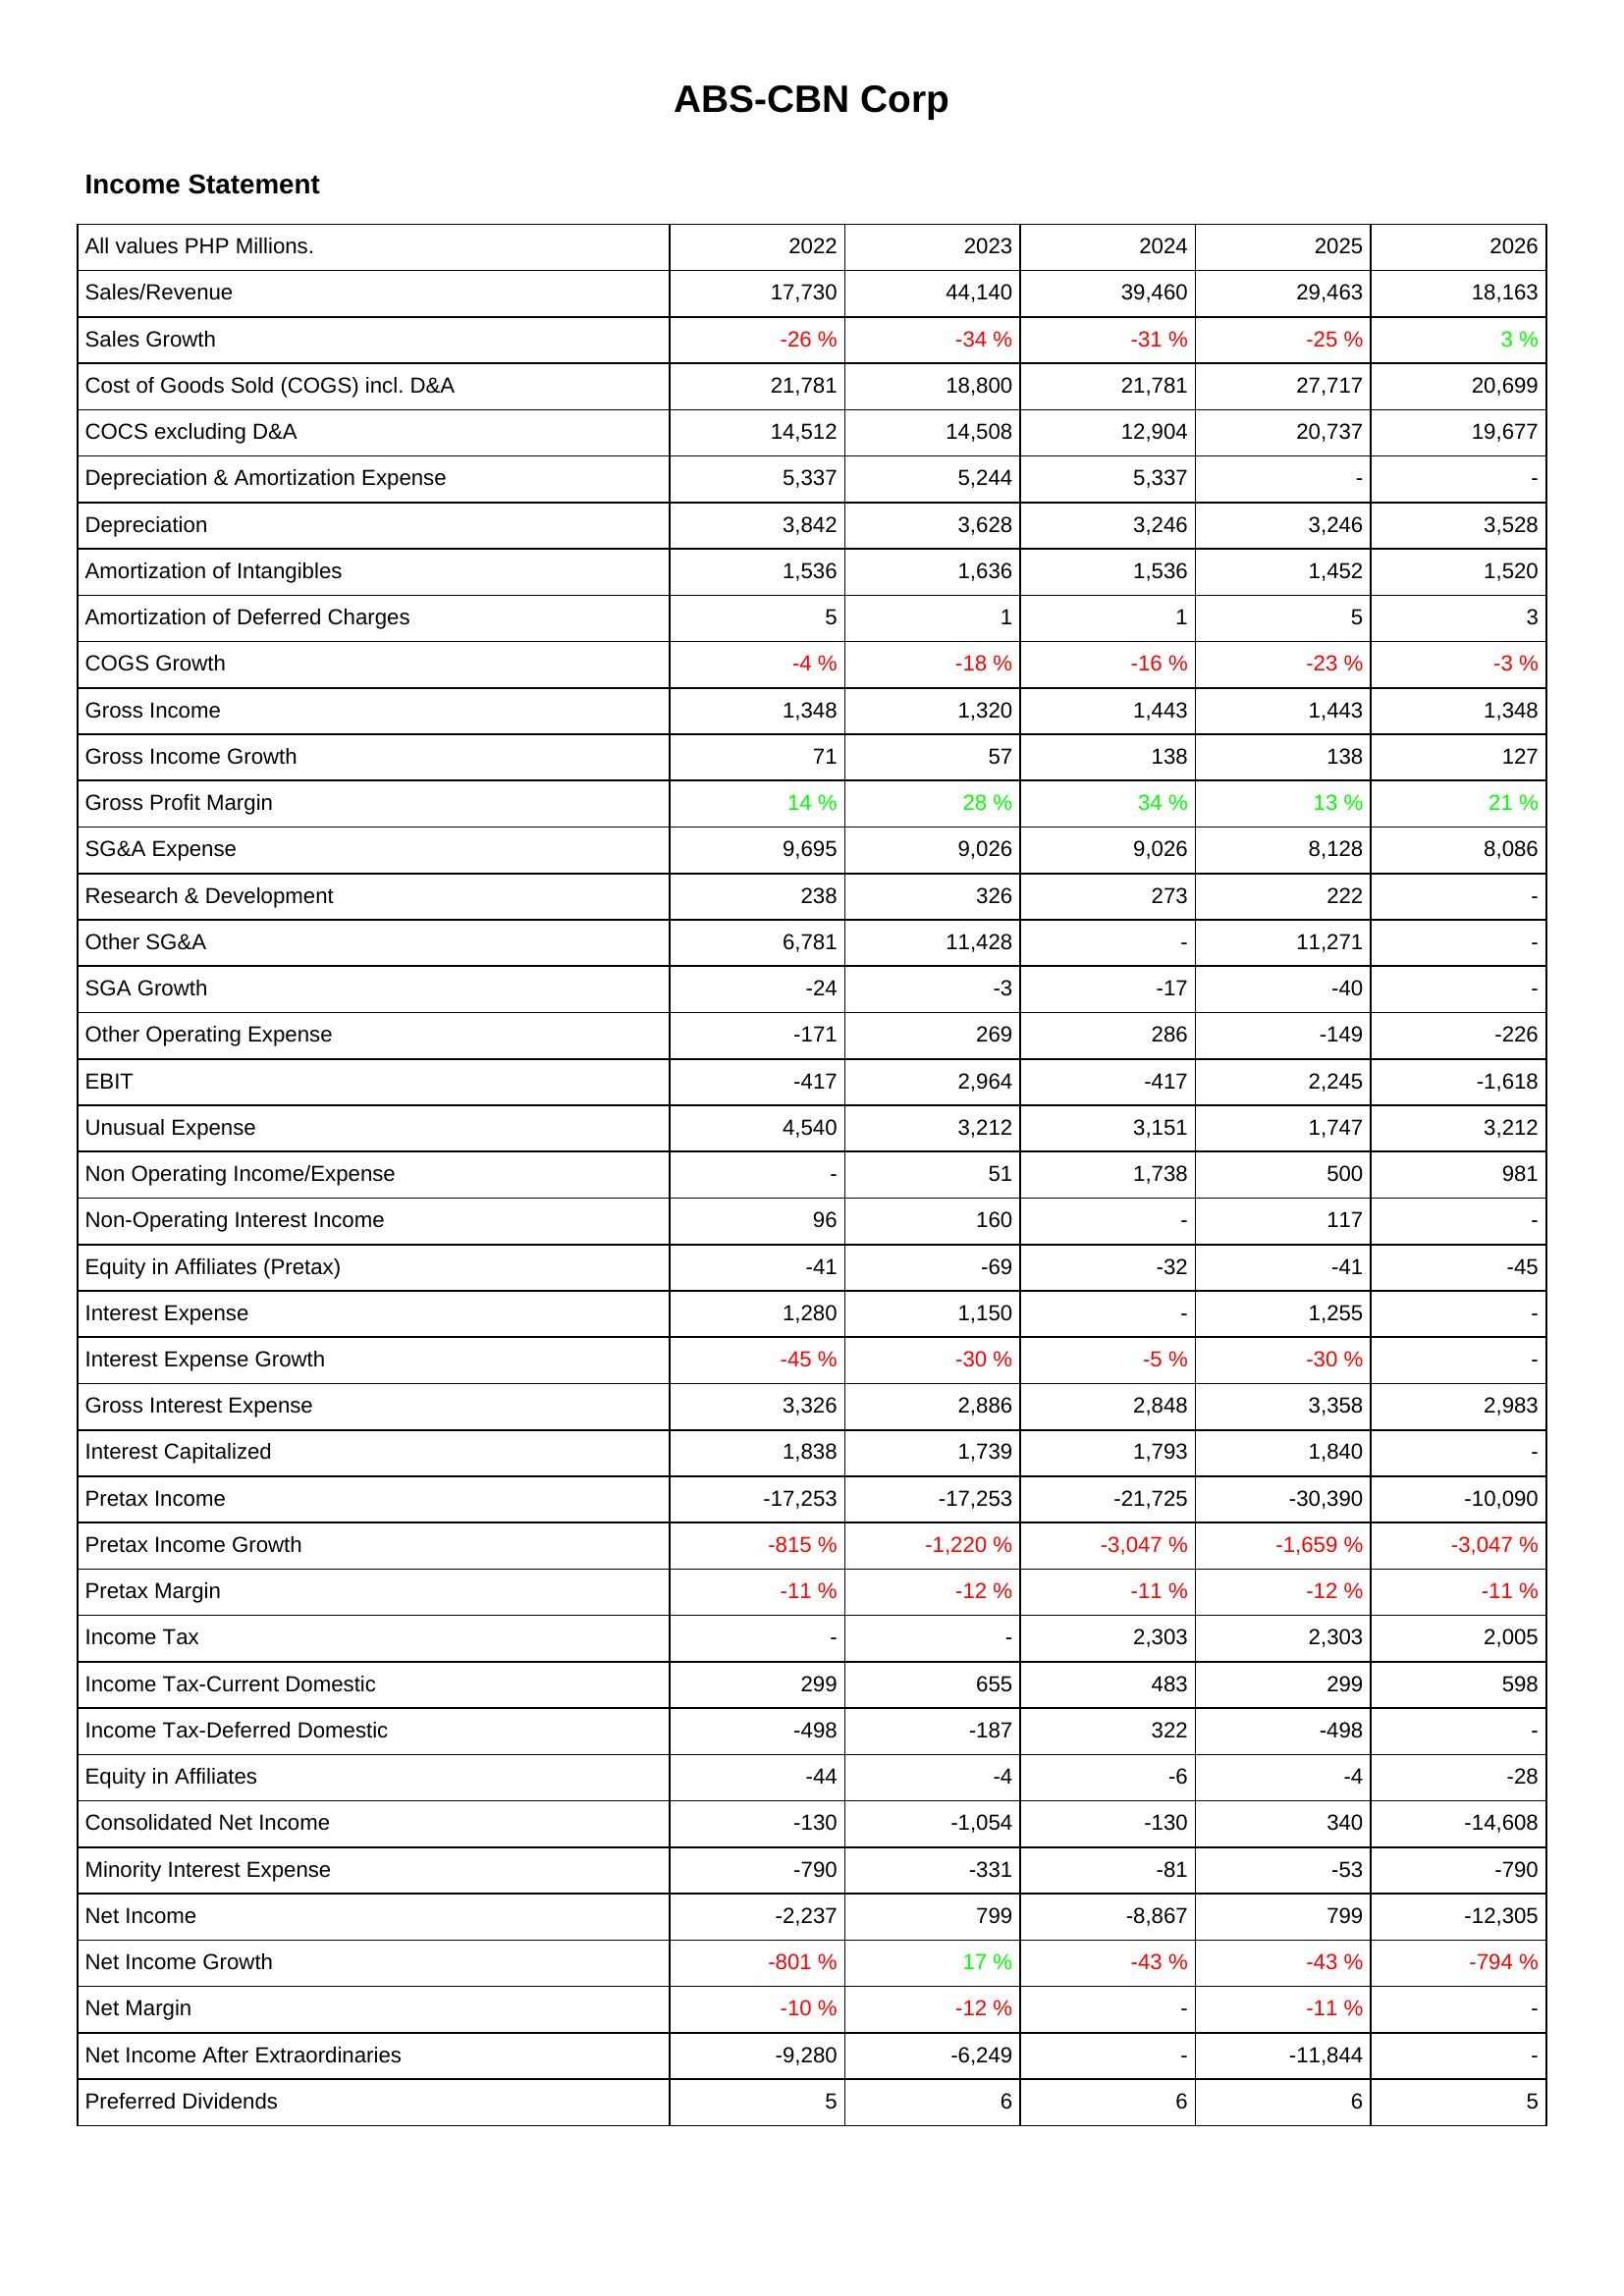
2022: Income Statement: Sales/Revenue: 17,730
Sales Growth: -26 %
Cost of Goods Sold (COGS) incl. D&A: 21,781
COCS excluding D&A: 14,512
Depreciation & Amortization Expense: 5,337
Depreciation: 3,842
Amortization of Intangibles: 1,536
Amortization of Deferred Charges: 5
COGS Growth: -4 %
Gross Income: 1,348
Gross Income Growth: 71
Gross Profit Margin: 14 %
SG&A Expense: 9,695
Research & Development: 238
Other SG&A: 6,781
SGA Growth: -24
Other Operating Expense: -171
EBIT: -417
Unusual Expense: 4,540
Non Operating Income/Expense: -
Non-Operating Interest Income: 96
Equity in Affiliates (Pretax): -41
Interest Expense: 1,280
Interest Expense Growth: -45 %
Gross Interest Expense: 3,326
Interest Capitalized: 1,838
Pretax Income: -17,253
Pretax Income Growth: -815 %
Pretax Margin: -11 %
Income Tax: -
Income Tax-Current Domestic: 299
Income Tax-Deferred Domestic: -498
Equity in Affiliates: -44
Consolidated Net Income: -130
Minority Interest Expense: -790
Net Income: -2,237
Net Income Growth: -801 %
Net Margin: -10 %
Net Income After Extraordinaries: -9,280
Preferred Dividends: 5
2023: Income Statement: Sales/Revenue: 44,140
Sales Growth: -34 %
Cost of Goods Sold (COGS) incl. D&A: 18,800
COCS excluding D&A: 14,508
Depreciation & Amortization Expense: 5,244
Depreciation: 3,628
Amortization of Intangibles: 1,636
Amortization of Deferred Charges: 1
COGS Growth: -18 %
Gross Income: 1,320
Gross Income Growth: 57
Gross Profit Margin: 28 %
SG&A Expense: 9,026
Research & Development: 326
Other SG&A: 11,428
SGA Growth: -3
Other Operating Expense: 269
EBIT: 2,964
Unusual Expense: 3,212
Non Operating Income/Expense: 51
Non-Operating Interest Income: 160
Equity in Affiliates (Pretax): -69
Interest Expense: 1,150
Interest Expense Growth: -30 %
Gross Interest Expense: 2,886
Interest Capitalized: 1,739
Pretax Income: -17,253
Pretax Income Growth: -1,220 %
Pretax Margin: -12 %
Income Tax: -
Income Tax-Current Domestic: 655
Income Tax-Deferred Domestic: -187
Equity in Affiliates: -4
Consolidated Net Income: -1,054
Minority Interest Expense: -331
Net Income: 799
Net Income Growth: 17 %
Net Margin: -12 %
Net Income After Extraordinaries: -6,249
Preferred Dividends: 6
2024: Income Statement: Sales/Revenue: 39,460
Sales Growth: -31 %
Cost of Goods Sold (COGS) incl. D&A: 21,781
COCS excluding D&A: 12,904
Depreciation & Amortization Expense: 5,337
Depreciation: 3,246
Amortization of Intangibles: 1,536
Amortization of Deferred Charges: 1
COGS Growth: -16 %
Gross Income: 1,443
Gross Income Growth: 138
Gross Profit Margin: 34 %
SG&A Expense: 9,026
Research & Development: 273
Other SG&A: -
SGA Growth: -17
Other Operating Expense: 286
EBIT: -417
Unusual Expense: 3,151
Non Operating Income/Expense: 1,738
Non-Operating Interest Income: -
Equity in Affiliates (Pretax): -32
Interest Expense: -
Interest Expense Growth: -5 %
Gross Interest Expense: 2,848
Interest Capitalized: 1,793
Pretax Income: -21,725
Pretax Income Growth: -3,047 %
Pretax Margin: -11 %
Income Tax: 2,303
Income Tax-Current Domestic: 483
Income Tax-Deferred Domestic: 322
Equity in Affiliates: -6
Consolidated Net Income: -130
Minority Interest Expense: -81
Net Income: -8,867
Net Income Growth: -43 %
Net Margin: -
Net Income After Extraordinaries: -
Preferred Dividends: 6
2025: Income Statement: Sales/Revenue: 29,463
Sales Growth: -25 %
Cost of Goods Sold (COGS) incl. D&A: 27,717
COCS excluding D&A: 20,737
Depreciation & Amortization Expense: -
Depreciation: 3,246
Amortization of Intangibles: 1,452
Amortization of Deferred Charges: 5
COGS Growth: -23 %
Gross Income: 1,443
Gross Income Growth: 138
Gross Profit Margin: 13 %
SG&A Expense: 8,128
Research & Development: 222
Other SG&A: 11,271
SGA Growth: -40
Other Operating Expense: -149
EBIT: 2,245
Unusual Expense: 1,747
Non Operating Income/Expense: 500
Non-Operating Interest Income: 117
Equity in Affiliates (Pretax): -41
Interest Expense: 1,255
Interest Expense Growth: -30 %
Gross Interest Expense: 3,358
Interest Capitalized: 1,840
Pretax Income: -30,390
Pretax Income Growth: -1,659 %
Pretax Margin: -12 %
Income Tax: 2,303
Income Tax-Current Domestic: 299
Income Tax-Deferred Domestic: -498
Equity in Affiliates: -4
Consolidated Net Income: 340
Minority Interest Expense: -53
Net Income: 799
Net Income Growth: -43 %
Net Margin: -11 %
Net Income After Extraordinaries: -11,844
Preferred Dividends: 6
2026: Income Statement: Sales/Revenue: 18,163
Sales Growth: 3 %
Cost of Goods Sold (COGS) incl. D&A: 20,699
COCS excluding D&A: 19,677
Depreciation & Amortization Expense: -
Depreciation: 3,528
Amortization of Intangibles: 1,520
Amortization of Deferred Charges: 3
COGS Growth: -3 %
Gross Income: 1,348
Gross Income Growth: 127
Gross Profit Margin: 21 %
SG&A Expense: 8,086
Research & Development: -
Other SG&A: -
SGA Growth: -
Other Operating Expense: -226
EBIT: -1,618
Unusual Expense: 3,212
Non Operating Income/Expense: 981
Non-Operating Interest Income: -
Equity in Affiliates (Pretax): -45
Interest Expense: -
Interest Expense Growth: -
Gross Interest Expense: 2,983
Interest Capitalized: -
Pretax Income: -10,090
Pretax Income Growth: -3,047 %
Pretax Margin: -11 %
Income Tax: 2,005
Income Tax-Current Domestic: 598
Income Tax-Deferred Domestic: -
Equity in Affiliates: -28
Consolidated Net Income: -14,608
Minority Interest Expense: -790
Net Income: -12,305
Net Income Growth: -794 %
Net Margin: -
Net Income After Extraordinaries: -
Preferred Dividends: 5